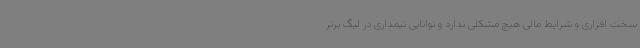
سخت افزاری و شرایط مالی هیچ مشکلی ندارد و توانایی تیمداری در لیگ برتر